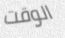
الوقت